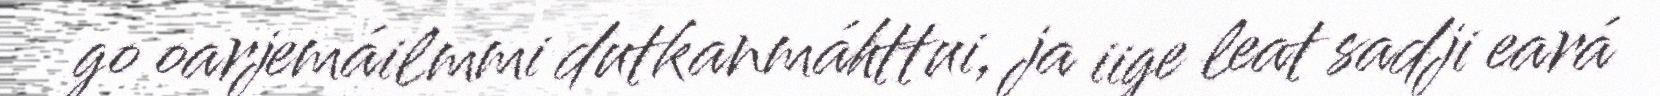
go oarjemáilmmi dutkanmáhttui, ja iige leat sadji eará